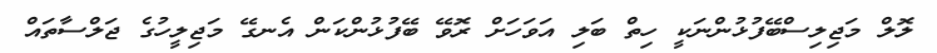
ލޮލް މަޖިލިސްބޭފުޅުންނަކީ ހިތް ބަލި އަވަހަށް ރޮވޭ ބޭފުޅުންކަން އެނގޭ މަޖިލީހުގެ ޖަލްސާތައް